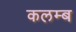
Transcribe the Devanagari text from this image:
कलम्ब